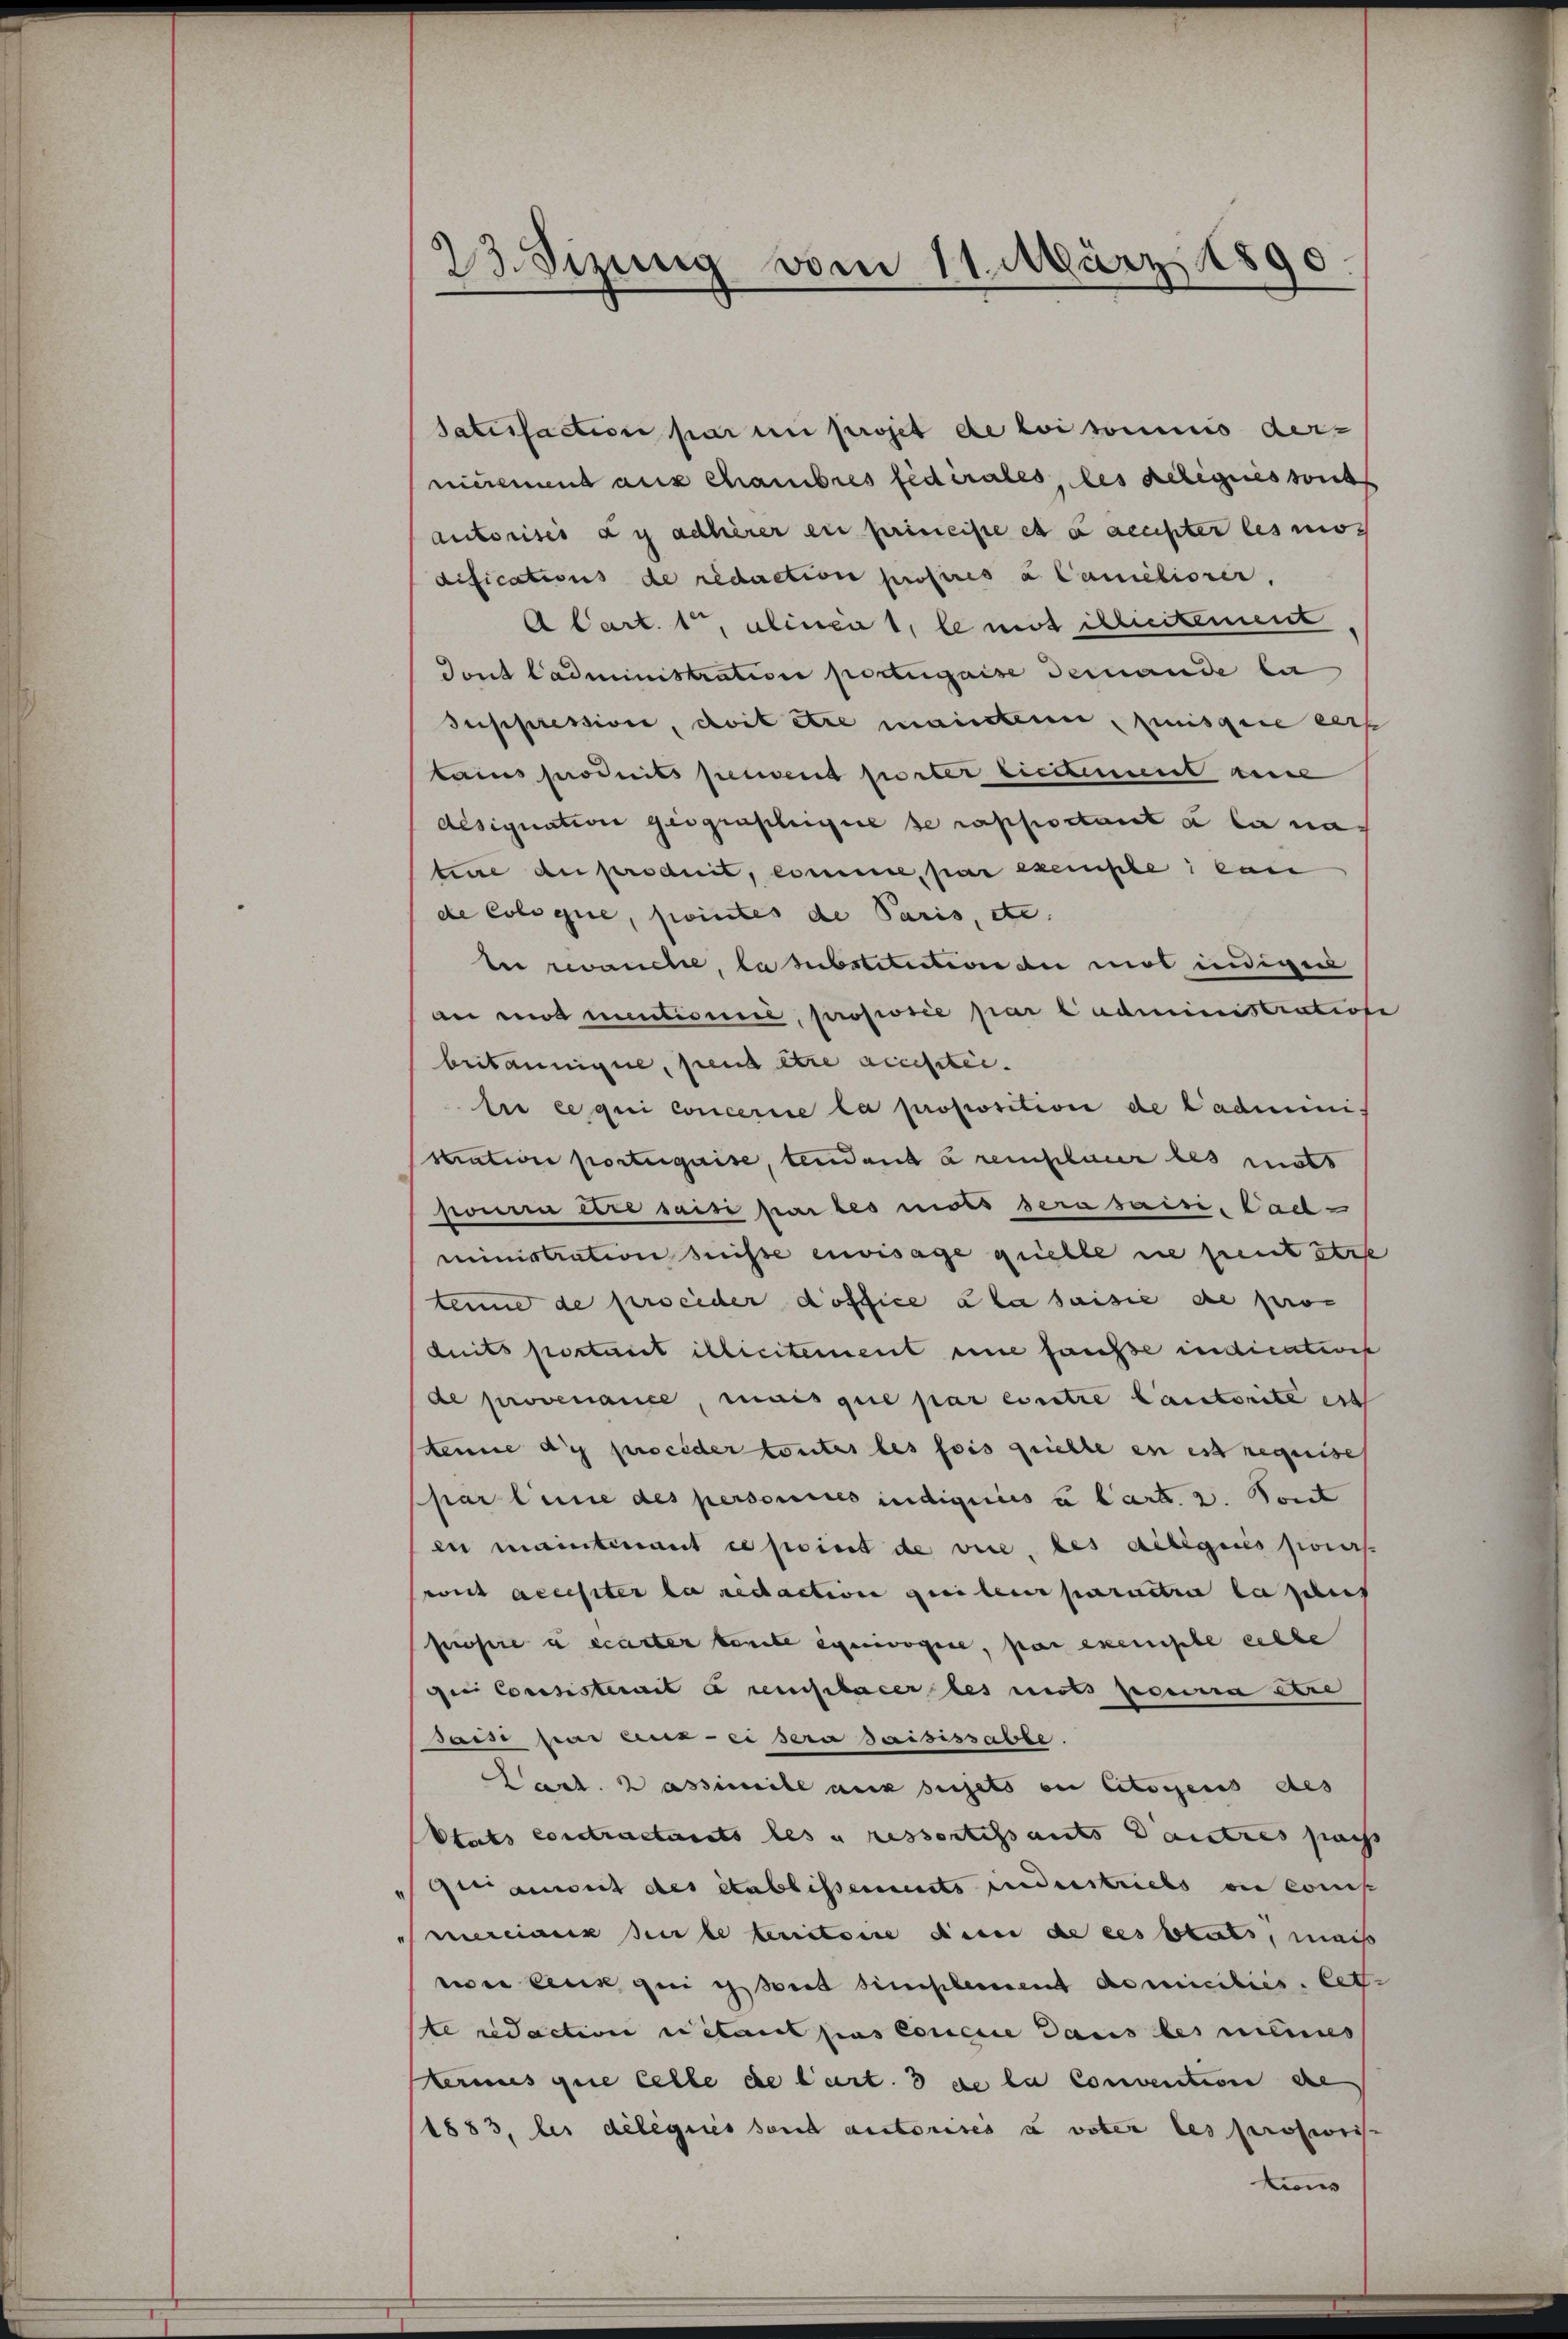
23. Sitzung vom 11. März 1890

Satisfaction par un projet de loi soumis dernicement aus chambres fédérales, les Reliques sont
autorises an adlerer en primeiste es a rechter les mor
difications de redaction proseres a Caméliorer,
A Cart. 10, alinen 1, le mit Schreitement
Tont Cadministration portugaise demande la
suppression, doit être maister, piisgere ers
tamus produits peuvent porter Licitement eine
désignation geographigere se rapportant à la nac
tire du produit, comme, par exemple ein
de Cologie, pointes de Paris, etc.
ter revance, la substitution du mot indigen
an es mentionie, prosiorie par l’administration
britannigne, peut être accesstei
tie ce qui concerire la proposition de Cadminis
stration porterquise, tendant à remplar des mots
ponen exte saisi par les nides sera saisi, Cad-
ministration heisse envisage quelle ne peut stre
tenne de perseider doffice à la saisie de pro-
duits portant illicitement eine fausse indications
de provenance, mais que par entre Cautorite est
kenne du proceder toutes les fois priette in est requise
par line des personies indignis u Cart. 2. Tout
en maintimant ce point de vice, des diligiis poes
vit accisiter la ridaction qui leur parattre la plus
posere u exacter tante exerogie, par exempte ebe
e Consisterait à semplacer les mits pourra être
saisi par Linz-ei sera saisissable.
Carl. 2 assimile aus sujets en citoyens des
Etats contractants les u ressortissants autres pass
genauert des établissements anderstriebs ou cons
perciaux sur le benitoire dem de ces bluts, mais
wie ein geeignet simplement domiciliis letz
te redaction citant pas Concie dans les nehmes
ermes que celle de l’art. 3 de la convention de
1883, les délégués sand autorisés a voter les proseris
tion